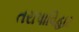
તરાપાવિહાર